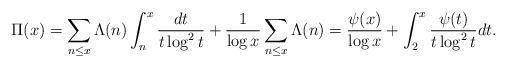
LaTeX: \begin{align*} \Pi(x)=\sum_{n\le x}\Lambda(n)\int_{n}^{x} \frac{dt}{t\log^2 t}+\frac{1}{\log x}\sum_{n\le x}\Lambda(n)=\frac{\psi(x)}{\log x}+\int_{2}^{x} \frac{\psi(t)}{t\log^2 t}dt.\end{align*}